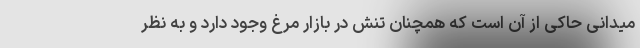
میدانی حاکی از آن است که همچنان تنش در بازار مرغ وجود دارد و به نظر